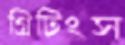
গ্রিটিংস